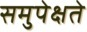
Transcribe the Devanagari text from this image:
समुपेक्षते